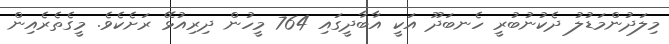
މިލަދުންމަޑުލު ދެކުނުބުރީ ހެނބަދޫ އަކީ އާބާދީގައި 764 މީހުން ދިރިއުޅޭ ރަށެކެވެ. މީގެތެރެއިން